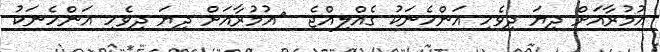
އުމުރާއަށް ދިޔަ ދިވެހި އަންހެނަކު ގެއްލިއްޖެ  	އުމުރާއަށް ދިޔަ ދިވެހި އަންހެނަކު